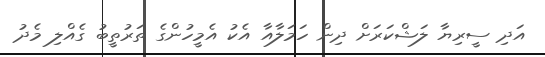
އަދި ސީރިޔާ ލަޝްކަރަށް ދިން ހަމަލާއާ އެކު އެމީހުންގެ ތަރުތީބު ގެއްލި މެދު